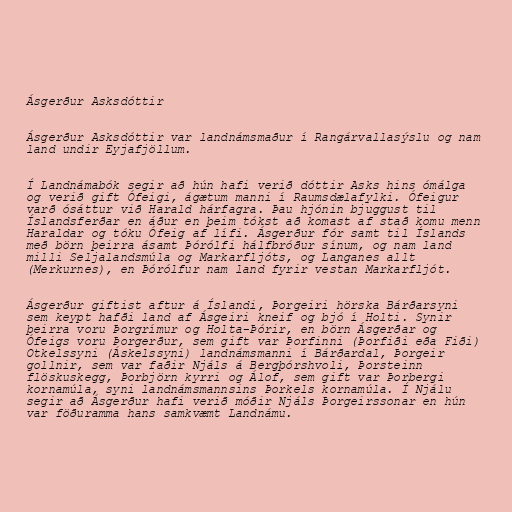
Ásgerður Asksdóttir

Ásgerður Asksdóttir var landnámsmaður í Rangárvallasýslu og nam
land undir Eyjafjöllum.

Í Landnámabók segir að hún hafi verið dóttir Asks hins ómálga
og verið gift Ófeigi, ágætum manni í Raumsdælafylki. Ófeigur
varð ósáttur við Harald hárfagra. Þau hjónin bjuggust til
Íslandsferðar en áður en þeim tókst að komast af stað komu menn
Haraldar og tóku Ófeig af lífi. Ásgerður fór samt til Íslands
með börn þeirra ásamt Þórólfi hálfbróður sínum, og nam land
milli Seljalandsmúla og Markarfljóts, og Langanes allt
(Merkurnes), en Þórólfur nam land fyrir vestan Markarfljót.

Ásgerður giftist aftur á Íslandi, Þorgeiri hörska Bárðarsyni
sem keypt hafði land af Ásgeiri kneif og bjó í Holti. Synir
þeirra voru Þorgrímur og Holta-Þórir, en börn Ásgerðar og
Ófeigs voru Þorgerður, sem gift var Þorfinni (Þorfiði eða Fiði)
Otkelssyni (Áskelssyni) landnámsmanni í Bárðardal, Þorgeir
gollnir, sem var faðir Njáls á Bergþórshvoli, Þorsteinn
flöskuskegg, Þorbjörn kyrri og Álof, sem gift var Þorbergi
kornamúla, syni landnámsmannsins Þorkels kornamúla. Í Njálu
segir að Ásgerður hafi verið móðir Njáls Þorgeirssonar en hún
var föðuramma hans samkvæmt Landnámu.